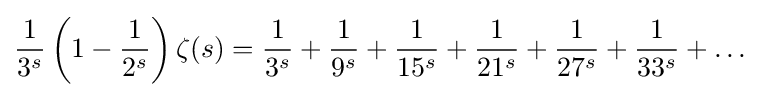
{\frac {1}{3^{s}}}\left(1-{\frac {1}{2^{s}}}\right)\zeta (s)={\frac {1}{3^{s}}}+{\frac {1}{9^{s}}}+{\frac {1}{15^{s}}}+{\frac {1}{21^{s}}}+{\frac {1}{27^{s}}}+{\frac {1}{33^{s}}}+\ldots